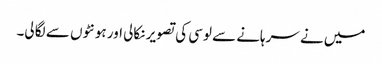
میں نے سرہانے سے لوسی کی تصویر نکالی اور ہونٹوں سے لگا لی۔